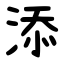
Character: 添